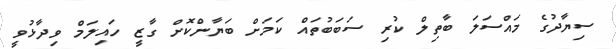
ސިޔާދުގެ މައްސަލަ ބާތިލް ކުރި ސަބަބުތައް ކަމަށް ބަޔާންކޮށް ގާޒީ ހައިލަމް ވިދާޅުވީ